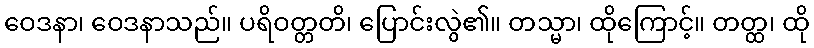
ဝေဒနာ၊ ဝေဒနာသည်။ ပရိဝတ္တတိ၊ ပြောင်းလွဲ၏။ တသ္မာ၊ ထိုကြောင့်။ တတ္ထ၊ ထို